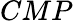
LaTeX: CMP